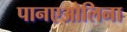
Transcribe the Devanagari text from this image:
पानएओलिना